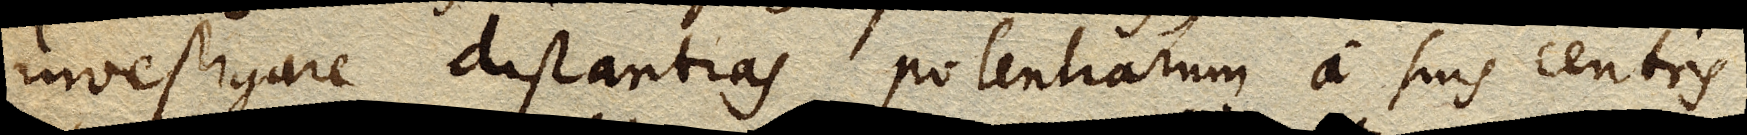
investigare distantias potentiarum a suis centris;